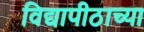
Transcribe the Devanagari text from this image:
विद्यापीठाच्‍या